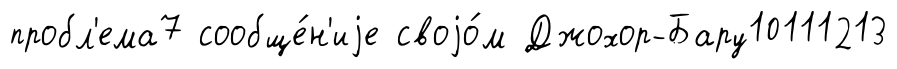
пробл'ема7 сообще́н'иjе своjо́м Джохор-Бару10111213